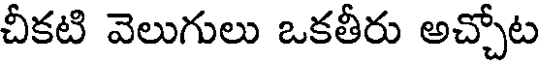
చీకటి వెలుగులు ఒకతీరు అచ్చోట